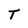
Character: T